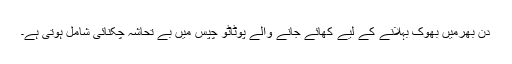
دن بھرمیں بھوک بہلانے کے لیے کھائے جانے والے پوٹاٹو چپس میں بے تحاشہ چکنائی شامل ہوتی ہے۔